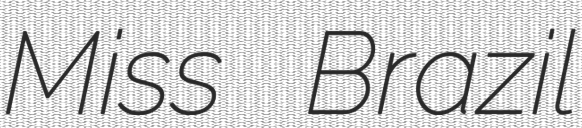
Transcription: Miss Brazil